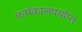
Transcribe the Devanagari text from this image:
कर्मकालपर्याप्त